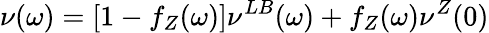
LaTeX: \nu(\omega)=[1-f_{Z}(\omega)]\nu^{LB}(\omega)+f_{Z}(\omega)\nu^{Z}(0)